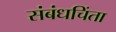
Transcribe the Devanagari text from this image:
संबंधचिंता